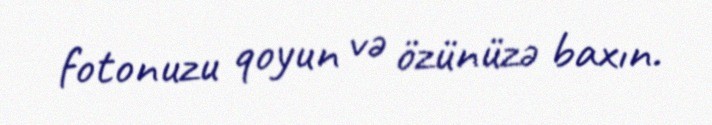
fotonuzu qoyun və özünüzə baxın.